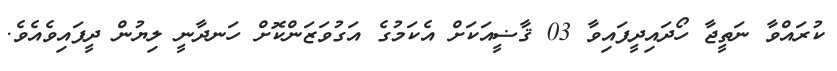
ކުރައްވާ ނަތީޖާ ހޯދައިދީފައިވާ 03 ޤާޟީއަކަށް އެކަމުގެ އަގުވަޒަންކޮށް ހަނދާނީ ލިޔުން ދީފައިވެއެވެ.